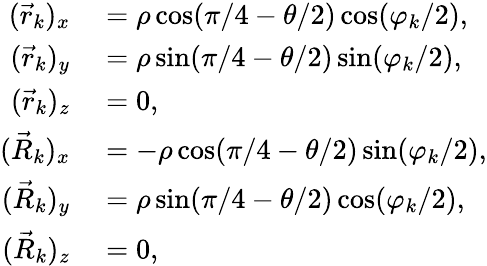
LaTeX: \begin{array}{rl}{(\vec{r}_{k})_{x}}&{{}=\rho\cos(\pi/4-\theta/2)\cos(\varphi_{k}/2),}\\ {(\vec{r}_{k})_{y}}&{{}=\rho\sin(\pi/4-\theta/2)\sin(\varphi_{k}/2),}\\ {(\vec{r}_{k})_{z}}&{{}=0,}\\ {(\vec{R}_{k})_{x}}&{{}=-\rho\cos(\pi/4-\theta/2)\sin(\varphi_{k}/2),}\\ {(\vec{R}_{k})_{y}}&{{}=\rho\sin(\pi/4-\theta/2)\cos(\varphi_{k}/2),}\\ {(\vec{R}_{k})_{z}}&{{}=0,}\end{array}